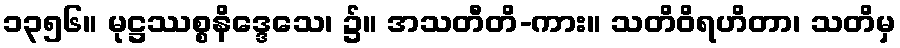
၁၃၅၆။ မုဋ္ဌဿစ္စနိဒ္ဒေသေ၊ ၌။ အသတီတိ-ကား။ သတိဝိရဟိတာ၊ သတိမှ